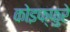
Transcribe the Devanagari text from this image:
कोइफ्फुरे